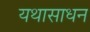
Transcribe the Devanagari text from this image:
यथासाधन